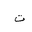
Letter: _ta